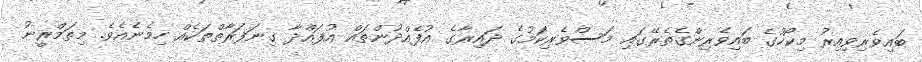
ބައިވެރިވިއިރު މިކޯހުގެ ބައިވެރިންގެތެރޭގައި މަސްވެރިކަމުގެ ދައިރާގެ އުފެއްދުންތައް އުފައްދާ ގިނަފަރާތްތަކެއް ހިމެނެއެވެ. މިތަމްރީނު